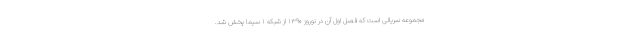
مجموعه سریالی است که فصل اول آن در نوروز ۱۳۹۰ از شبکه ۱ سیما پخش شد.